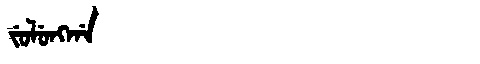
Manchu: ᠵᡠᠯᡠᠩᡤᠠ
Romanization: JULUNGGA